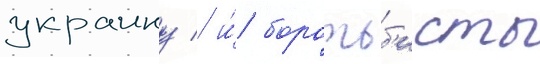
украину / и́ боротьб'исты